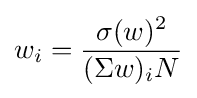
w_{i}={\frac {\sigma (w)^{2}}{(\Sigma w)_{i}N}}